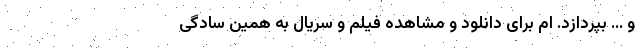
و ... بپردازد. ام برای دانلود و مشاهده فیلم و سریال به همین سادگی